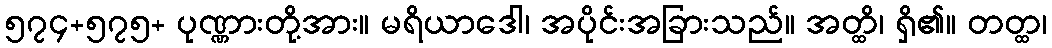
၅၇၄+၅၇၅+ ပုဏ္ဏားတို့အား။ မရိယာဒေါ၊ အပိုင်းအခြားသည်။ အတ္ထိ၊ ရှိ၏။ တတ္ထ၊